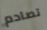
تصادم